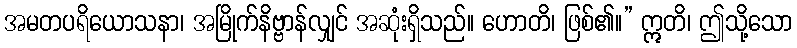
အမတပရိယောသနာ၊ အမြိုက်နိဗ္ဗာန်လျှင် အဆုံးရှိသည်။ ဟောတိ၊ ဖြစ်၏။” ဣတိ၊ ဤသို့သော